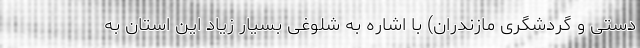
دستی و گردشگری مازندران) با اشاره به شلوغی بسیار زیاد این استان به